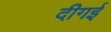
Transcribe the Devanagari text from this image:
दीगई